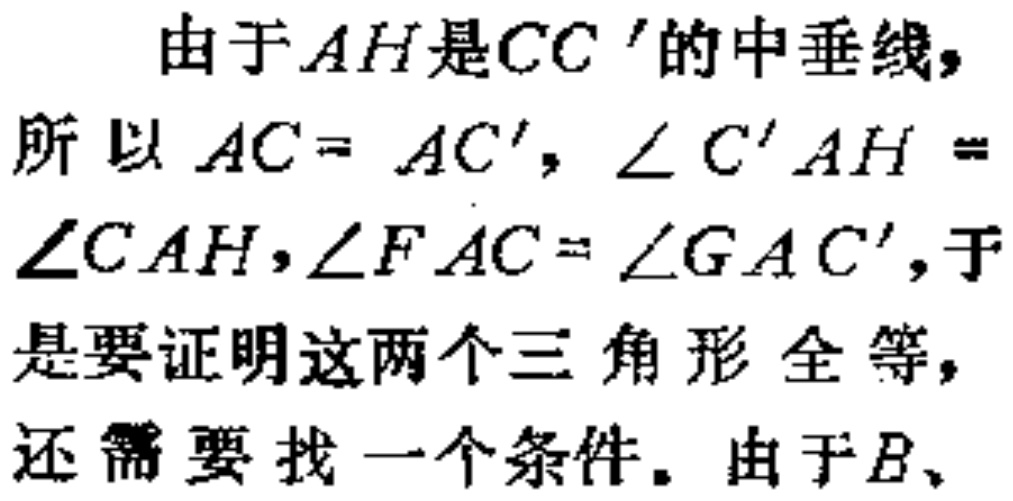
由于$AH$是$CC’$的中垂线，

所以$AC = AC'$，$\angle C'AH =$

$\angle CAH$，$\angle FAC = \angle GAC'$，于

是要证明这两个三角形全等，

还需要找一个条件。由于$B$、